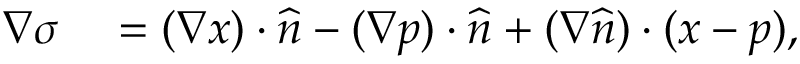
\begin{array} { r l } { \nabla \sigma } & { { } = ( \nabla x ) \cdot \widehat { n } - ( \nabla p ) \cdot \widehat { n } + ( \nabla \widehat { n } ) \cdot ( x - p ) , } \end{array}